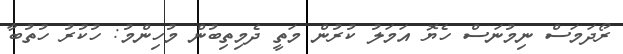
ރޯދަމަސް ނިމުނަސް ހެޔޮ އަމަލު ކުރުން މަތީ ދެމިތިބުން މުހިންމު: ހުކުރު ހުތުބާ